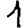
Digit: 1